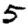
Digit: 5